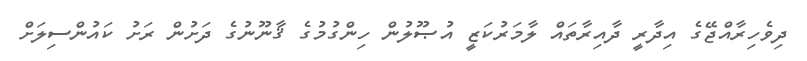
ދިވެހިރާއްޖޭގެ އިދާރީ ދާއިރާތައް ލާމަރުކަޒީ އުޞޫލުން ހިންގުމުގެ ޤާނޫނުގެ ދަށުން ރަށު ކައުންސިލަށް